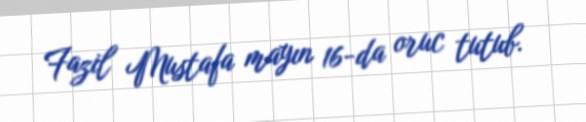
Fazil Mustafa mayın 16-da oruc tutub.